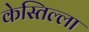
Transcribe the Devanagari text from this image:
केस्तिल्ला